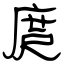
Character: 庹